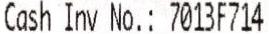
CASH INV NO.: 7013F714